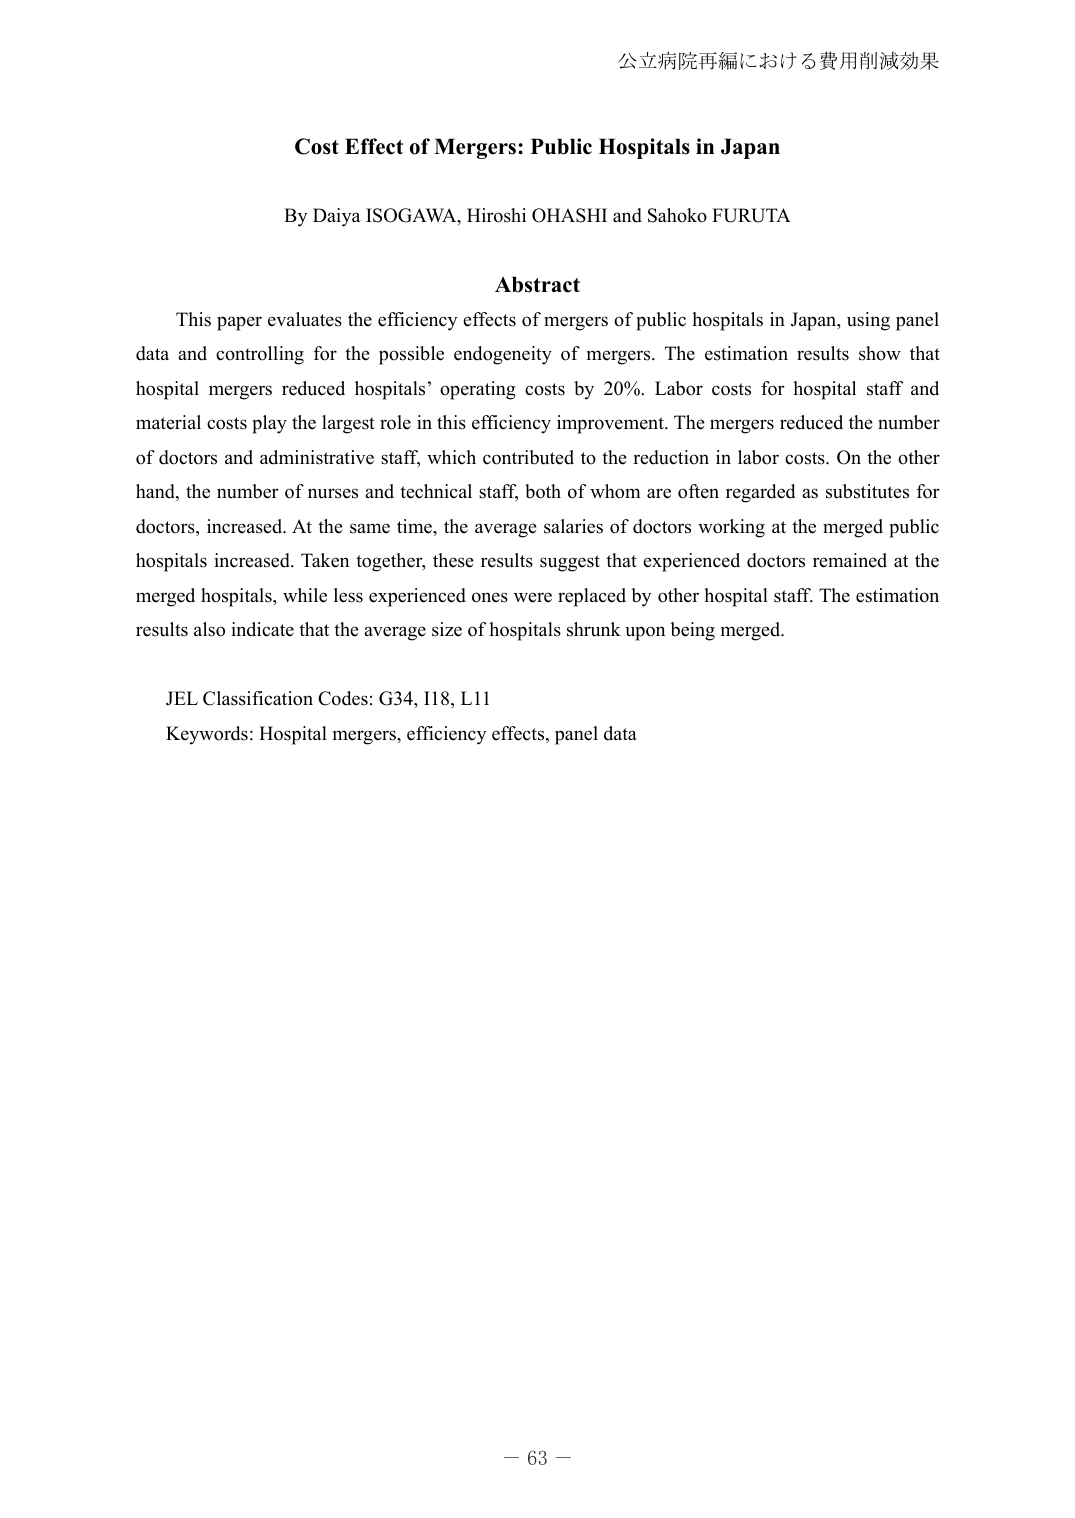
公立病院再編における費用削減効果

Cost Effect of Mergers: Public Hospitals in Japan

By Daiya ISOGAWA, Hiroshi OHASHI and Sahoko FURUTA

Abstract
This paper evaluates the efficiency effects of mergers of public hospitals in Japan, using panel data and controlling for the possible endogeneity of mergers. The estimation results show that hospital mergers reduced hospitals’ operating costs by 20%. Labor costs for hospital staff and material costs play the largest role in this efficiency improvement. The mergers reduced the number of doctors and administrative staff, which contributed to the reduction in labor costs. On the other hand, the number of nurses and technical staff, both of whom are often regarded as substitutes for doctors, increased. At the same time, the average salaries of doctors working at the merged public hospitals increased. Taken together, these results suggest that experienced doctors remained at the merged hospitals, while less experienced ones were replaced by other hospital staff. The estimation results also indicate that the average size of hospitals shrunk upon being merged.

JEL Classification Codes: G34, I18, L11
Keywords: Hospital mergers, efficiency effects, panel data

－ 63 －